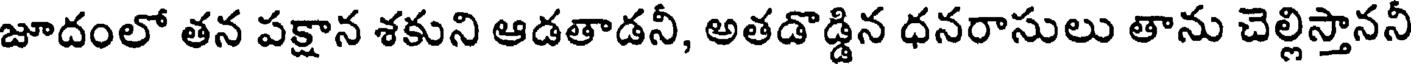
జూదంలో తన పక్షాన శకుని ఆడతాడనీ, అతడొడ్డిన ధనరాసులు తాను చెల్లిస్తాననీ